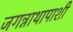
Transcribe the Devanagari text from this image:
जगन्नाथापाशी